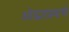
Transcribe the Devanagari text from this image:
ओढ्याप्रमाणे